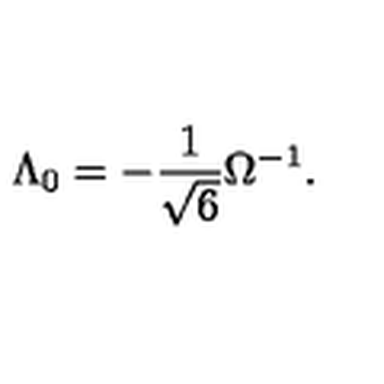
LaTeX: \Lambda _ { 0 } = - \frac { 1 } { \sqrt { 6 } } \Omega ^ { - 1 } .